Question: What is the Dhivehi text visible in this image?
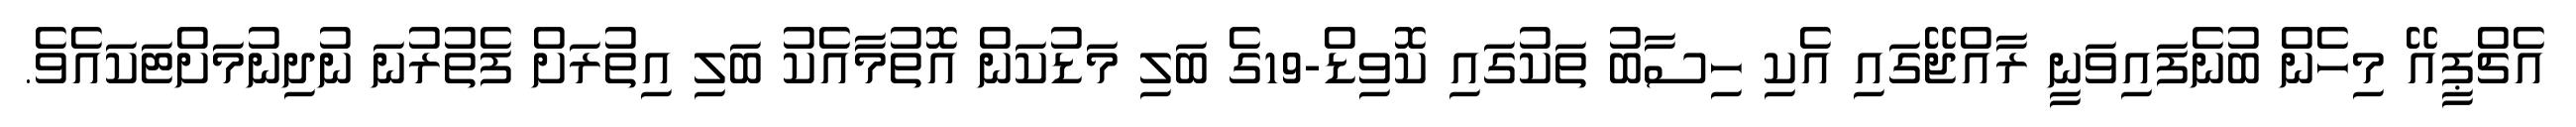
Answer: އެޗްޕީއޭ މިހެން ބުނެފައިވަނީ ރާއްޖޭގައި އެކި ހިސާބު ތަކުގައި ކޮވިޑް-19ގެ ބަލި މަޑުކަން އޮތުމާއެކު ބަލި އިތުރަށް ފެތުރުނަ ނުދިނުމަށްޓަކައެވެ.